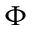
\Phi